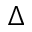
\Delta